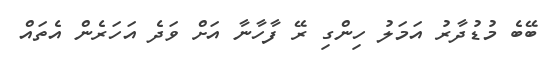
ބޭބެ މުޑުދާރު އަމަލު ހިންގި ރޭ ފާހާނާ އަށް ވަދެ އަހަރެން އެތައް